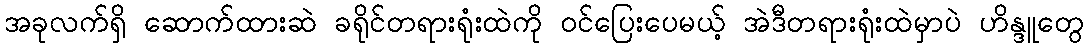
အခုလက်ရှိ ဆောက်ထားဆဲ ခရိုင်တရားရုံးထဲကို ဝင်ပြေးပေမယ့် အဲဒီတရားရုံးထဲမှာပဲ ဟိန္ဒူတွေ